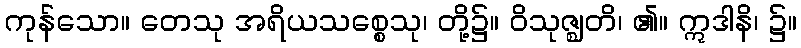
ကုန်သော။ တေသု အရိယသစ္စေသု၊ တို့၌။ ဝိသုဇ္ဈတိ၊ ၏။ ဣဒါနိ၊ ၌။